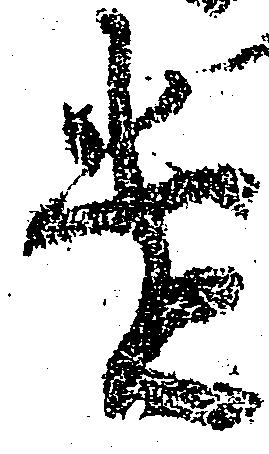
遣